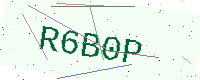
Text: R6B0P